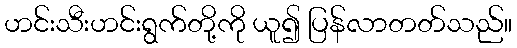
ဟင်းသီးဟင်းရွက်တို့ကို ယူ၍ ပြန်လာတတ်သည်။